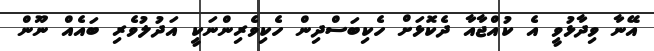
އޭނާ ވިދާޅުވީ އެ ކުއްޖާއާ ދެކޮޅަށް ހެކިބަސްދިން ހެކިވެރިންނަކީ އަދުލުވެރި ބައެއް ނޫން